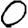
Digit: 0